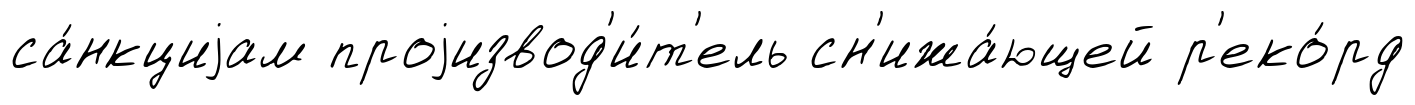
са́нкциjам проjизвод'и́т'ель сн'ижа́ющей р'еко́рд